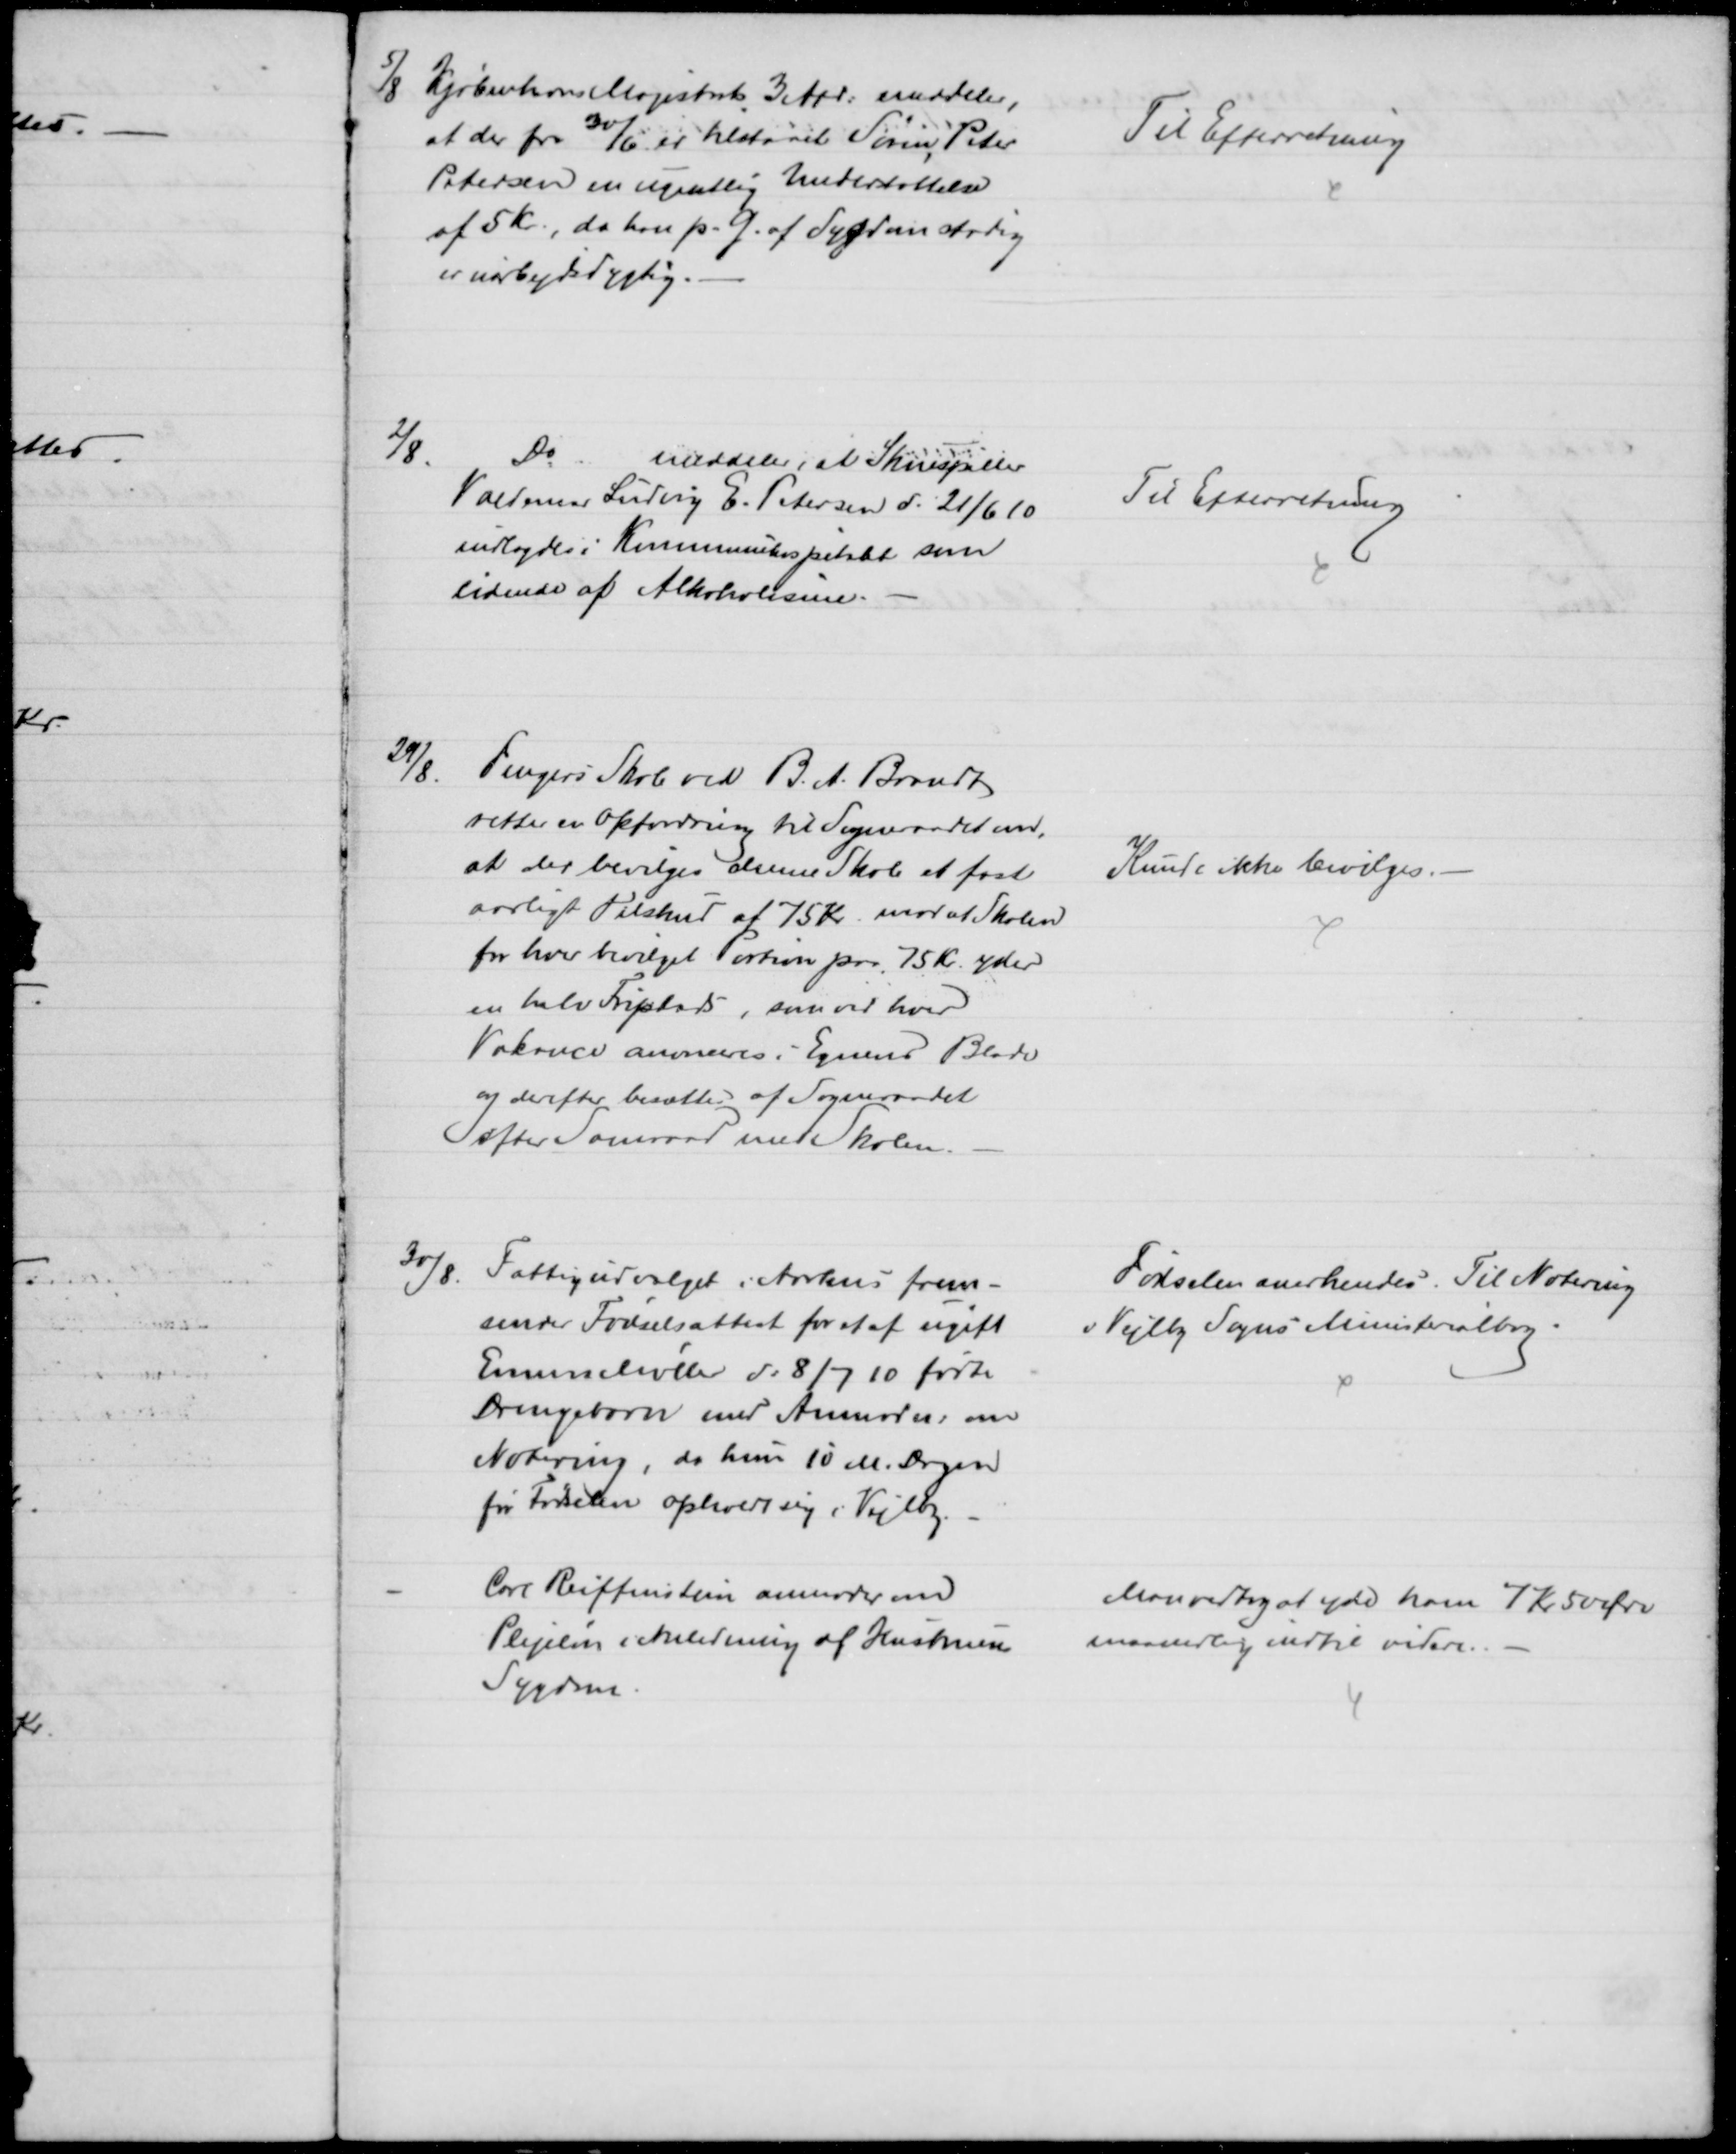
Transskription:
5/8 Kjøbenhavns Magistrats 3 Afd: meddeler,
at der fra 30/6 er tilstaaet Søren Peter
Petersen en ugentlig Understøttelse
af 5 Kr., da han p. G. af Sygdom stadig
er uarbejdsdygtig.
Til Efterretning
2/8.
Do
meddeler, at Skuespiller
Valdemar Ludvig E. Petersen d. 21/6 10
indlagdes i Kommunehospitalet som
lidende af Alkoholisme.
Til Efterretning
29/8.
Fengers Skole ved B. A. Brandt
retter er Opfordring til Sogneraadet om,
at der bevilges denne Skole et fast
aarligt Tilskud af 75 Kr. mod at Skolen
for hver bevilget Portion paa 75 Kr. yder
en halv Friplads, som ved hver
Vakance anonceres i Egnens Blade
og derefter besættes af Sogneraadet
efter Samraad med Skolen.
Kunde ikke bevilges.
30/8. Fattigudvalget i Aarhus frem-
sender Fødselsattest for et af ugift
Emma Møller d: 8/7 10 fødte
Drengebarn med Anmodn: om
Notering, da hun 10 M. Dagen
før Fødselen opholdt sig i Vejlby.
Fødselen anerkendes. Til Notering
i Vejlby Sogns Ministerialbog.
Carl Reiffenstein anmoder om
Plejeløn i Anledning af Hustruens
Sygdom.
Man vedtog at yde ham 7 Kr 50 Øre
maanedlig indtil videre.